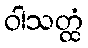
ဝါသတ္ထံ